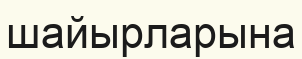
шайырларына